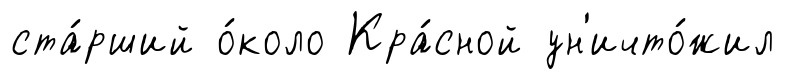
ста́рший о́коло Кра́сной ун'ичто́жил